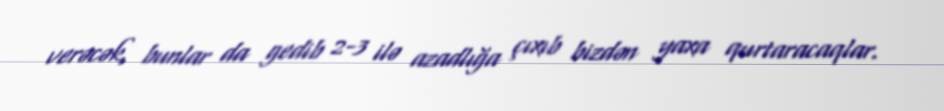
verəcək, bunlar da gedib 2-3 ilə azadlığa çıxıb bizdən yaxa qurtaracaqlar.